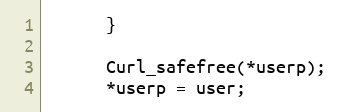
Language: C
      }

      Curl_safefree(*userp);
      *userp = user;